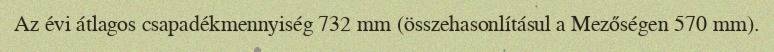
Az évi átlagos csapadékmennyiség 732 mm (összehasonlításul a Mezőségen 570 mm).